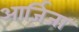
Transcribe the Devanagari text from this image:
आर्ज़िजा